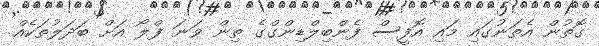
ގޮތުން އެތަނުގައި މައި އޮފީސް ފެންބިލްޑިންގްގެ ތިން ވަނަ ފްލޯ އަށް ބަދަލުތަކެއް